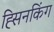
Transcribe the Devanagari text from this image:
ह्सिनकिंग